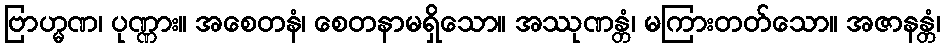
ဗြာဟ္မဏ၊ ပုဏ္ဏား။ အစေတနံ၊ စေတနာမရှိသော။ အဿုဏန္တံ၊ မကြားတတ်သော။ အဇာနန္တံ၊